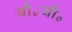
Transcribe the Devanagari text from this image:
बी॰जी॰